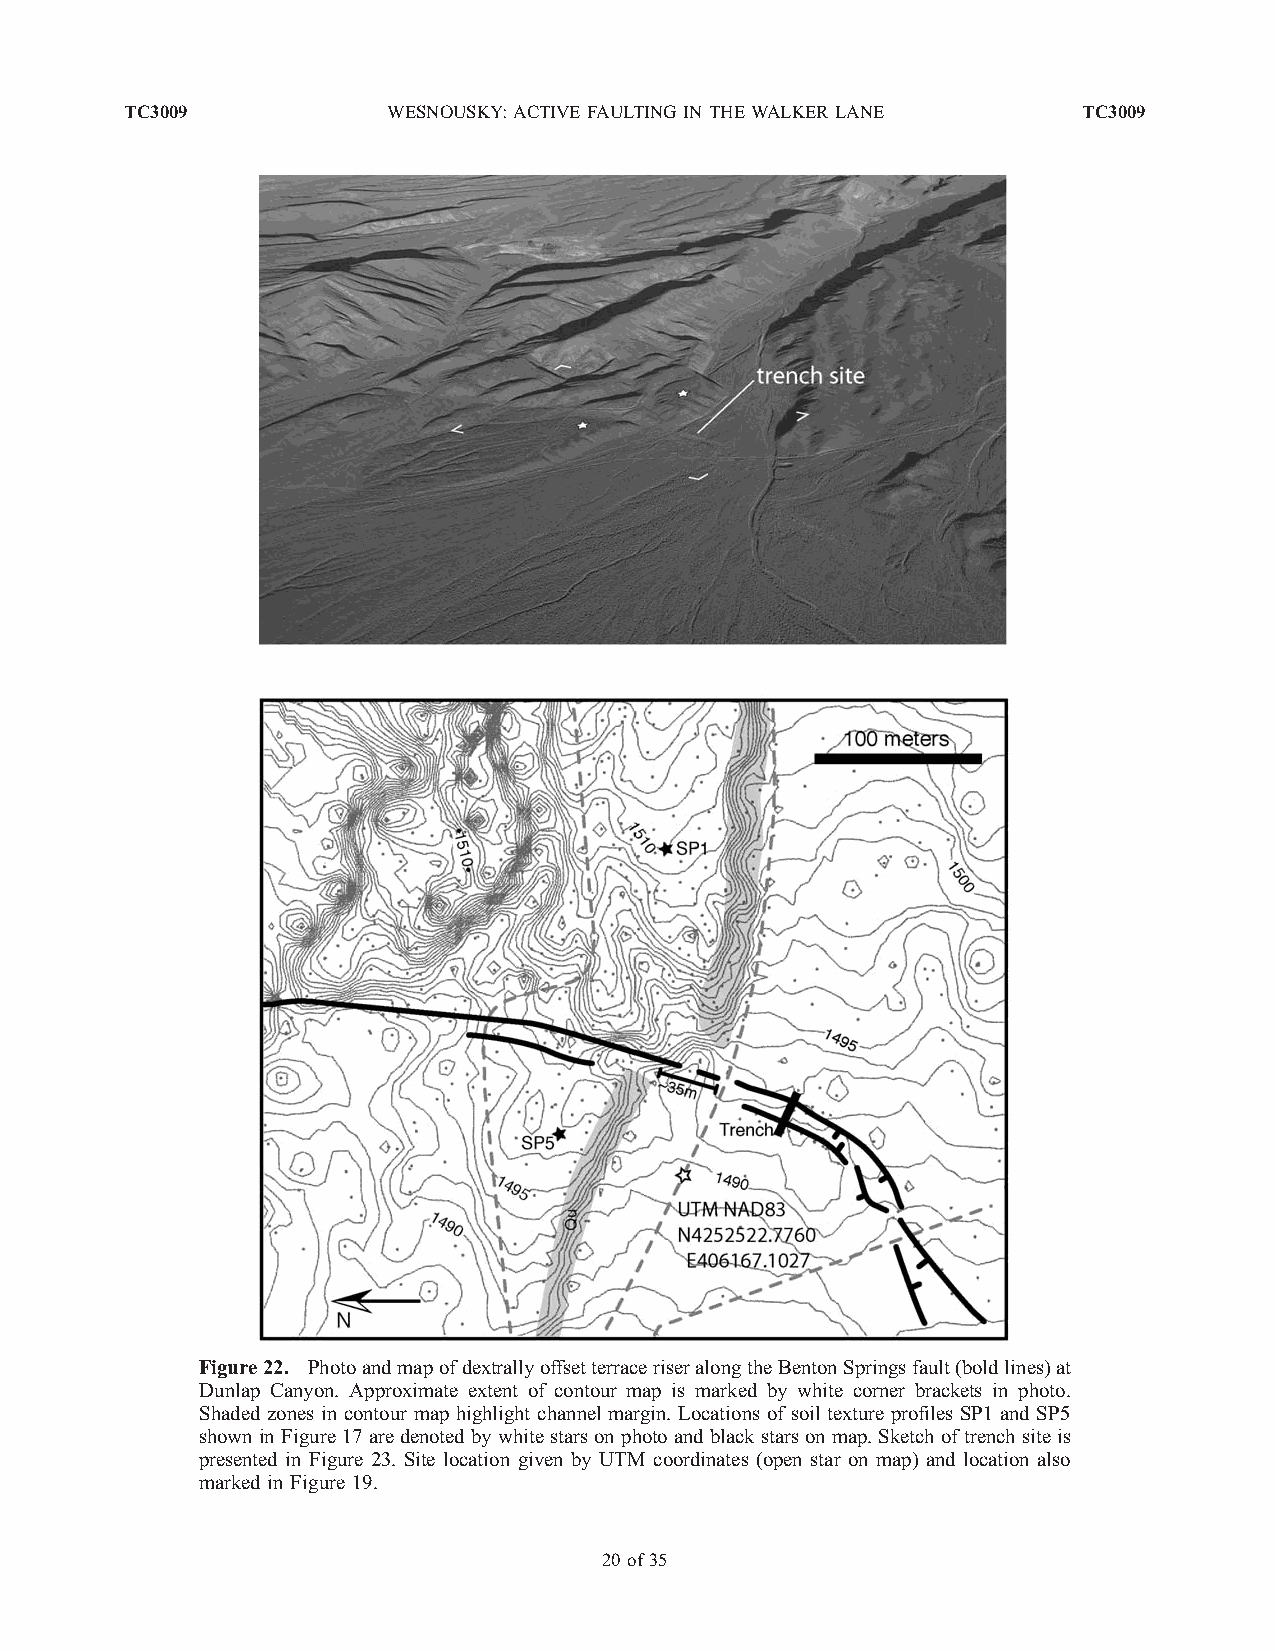
TC3009            WESNOUSKY: ACTIVEFAULTINGIN THEWALKERLANE     TC3009
 Figure22. PhotoandmapofdextrallyoffsetterraceriseralongtheBentonSpringsfault(boldlines)at
 Dunlap Canyon. Approximate extent of contour map is marked by white corner brackets in photo.
 Shaded zones in contour map highlight channel margin. Locations of soil texture profiles SP1 and SP5
 showninFigure17aredenotedbywhitestarsonphotoandblackstarsonmap.Sketchoftrench siteis
 presented in Figure 23. Site location given by UTM coordinates (open star on map) and location also
 marked in Figure 19.
 20of 35